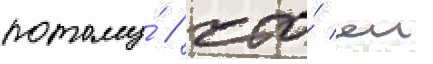
потому́ / что́ еи